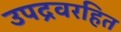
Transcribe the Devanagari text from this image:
उपद्रवरहित